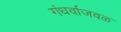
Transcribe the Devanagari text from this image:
गंधर्वाजवळ